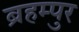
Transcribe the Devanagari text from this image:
ब्रहम्पुर